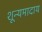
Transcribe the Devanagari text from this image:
शून्यमादाय